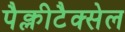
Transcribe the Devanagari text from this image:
पैक्लीटैक्सेल